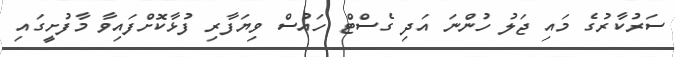
ސަރުކާރުގެ މައި ޖަލު ހުންނަ އަދި ގެސްޓް ހައުސް ވިޔަފާރި ފުޅާކޮށްފައިވާ މާފުށީގައި